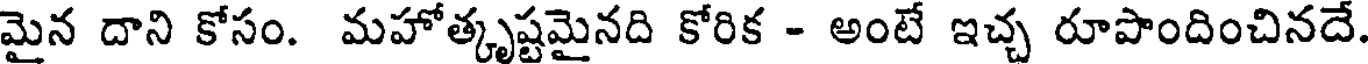
మైన దాని కోసం. మహోత్కృష్టమైనది కోరిక - అంటే ఇచ్చ రూపొందించినదే